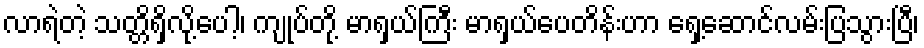
လာရဲတဲ့ သတ္တိရှိလို့ပေါ့၊ ကျုပ်တို့ မာရှယ်ကြီး မာရှယ်ပေတိန်းဟာ ရှေ့ဆောင်လမ်းပြသွားပြီ၊